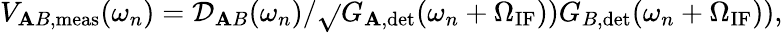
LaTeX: V_{\mathbf{A}B,\mathrm{{meas}}}(\omega_{n})=\mathcal{{D}}_{\mathbf{A}B}(\omega_{n})/\sqrt{}{{G_{\mathbf{A},\mathrm{{det}}}(\omega_{n}+\Omega_{\mathrm{{IF}}}))G_{B,\mathrm{{det}}}(\omega_{n}+\Omega_{\mathrm{{IF}}}))}},